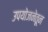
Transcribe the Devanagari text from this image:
उपयोजनेतून